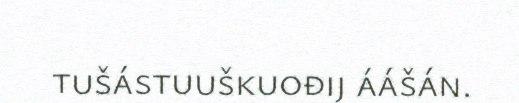
tušástuuškuođij áášán.